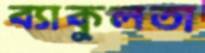
ব্যাকুলতা